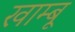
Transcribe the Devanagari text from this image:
खाम्बू